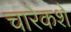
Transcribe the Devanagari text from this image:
चारेकशे